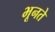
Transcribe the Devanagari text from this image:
भूनते